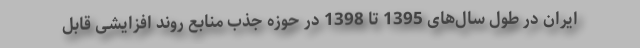
ایران در طول سال‌های 1395 تا 1398 در حوزه جذب منابع روند افزایشی قابل